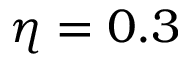
\eta = 0 . 3